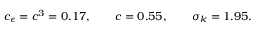
c _ { \epsilon } = c ^ { 3 } = 0 . 1 7 , \qquad c = 0 . 5 5 , \qquad \sigma _ { k } = 1 . 9 5 .